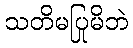
သတိမပြုမိဘဲ